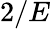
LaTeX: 2/E